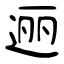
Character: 逦